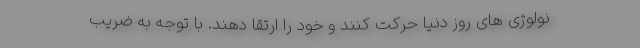
نولوژی های روز دنیا حرکت کنند و خود را ارتقا دهند. با توجه به ضریب